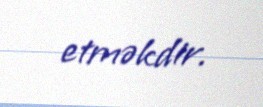
etməkdir.